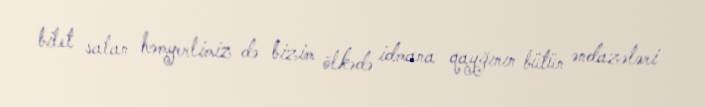
bilet satan həmyerlimiz də bizim ölkədə idmana qayğının bütün əndazələri